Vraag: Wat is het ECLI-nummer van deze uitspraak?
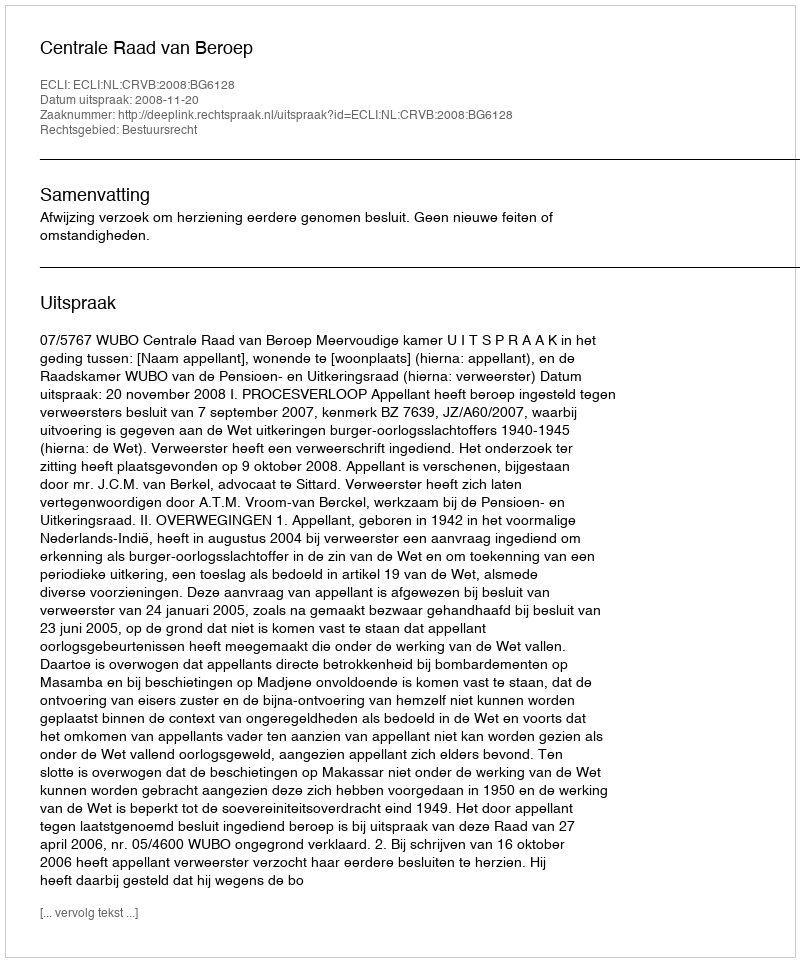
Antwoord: ECLI:NL:CRVB:2008:BG6128